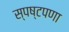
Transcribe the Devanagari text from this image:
स्पष्टपणा